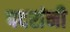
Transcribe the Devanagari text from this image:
पदरांनी